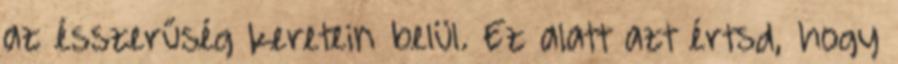
az ésszerűség keretein belül. Ez alatt azt értsd, hogy